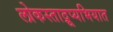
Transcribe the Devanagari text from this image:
लोकस्ताद्रूप्यभियात